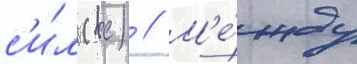
с'и́л (вс) // М'е́жду